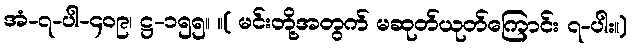
အံ-၇-ပါ-၄၀၉၊ ဋ္ဌ-၁၅၅။ ။( မင်းတို့အတွက် မဆုတ်ယုတ်ကြောင်း ၇-ပါး။)